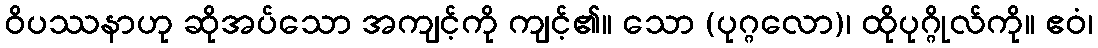
ဝိပဿနာဟု ဆိုအပ်သော အကျင့်ကို ကျင့်၏။ သော (ပုဂ္ဂလော)၊ ထိုပုဂ္ဂိုလ်ကို။ ဧဝံ၊